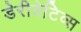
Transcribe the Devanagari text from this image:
डेरीवेटिव्स